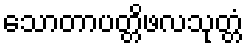
သောတာပတ္တိဖလသုတ္တံ